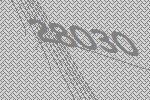
28030